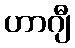
ဟာဂျီ